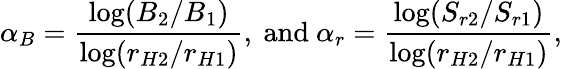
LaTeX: \alpha_{B}=\frac{\log(B_{2}/B_{1})}{\log(r_{H2}/r_{H1})},\ \mathrm{{and}}\ \alpha_{r}=\frac{\log(S_{r2}/S_{r1})}{\log(r_{H2}/r_{H1})},